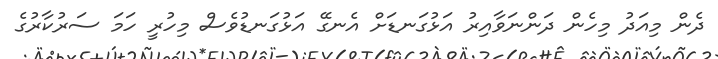
ދެން މިއަދު މިހެން ދަންނަވާއިރު އަޅުގަނޑަށް އެނގޭ އަޅުގަނޑުވެސް މިހުރީ ހަމަ ސަރުކާރުގެ